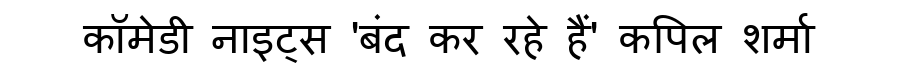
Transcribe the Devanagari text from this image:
कॉमेडी नाइट्स 'बंद कर रहे हैं' कपिल शर्मा